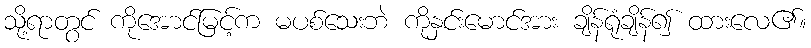
သို့ရာတွင် ကိုအောင်မြင့်က မပစ်သေးဘဲ ကိုနှင်းမောင်အား ချိန်ရုံချိန်၍ ထားလေ၏။